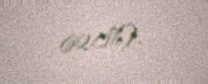
62.0%).